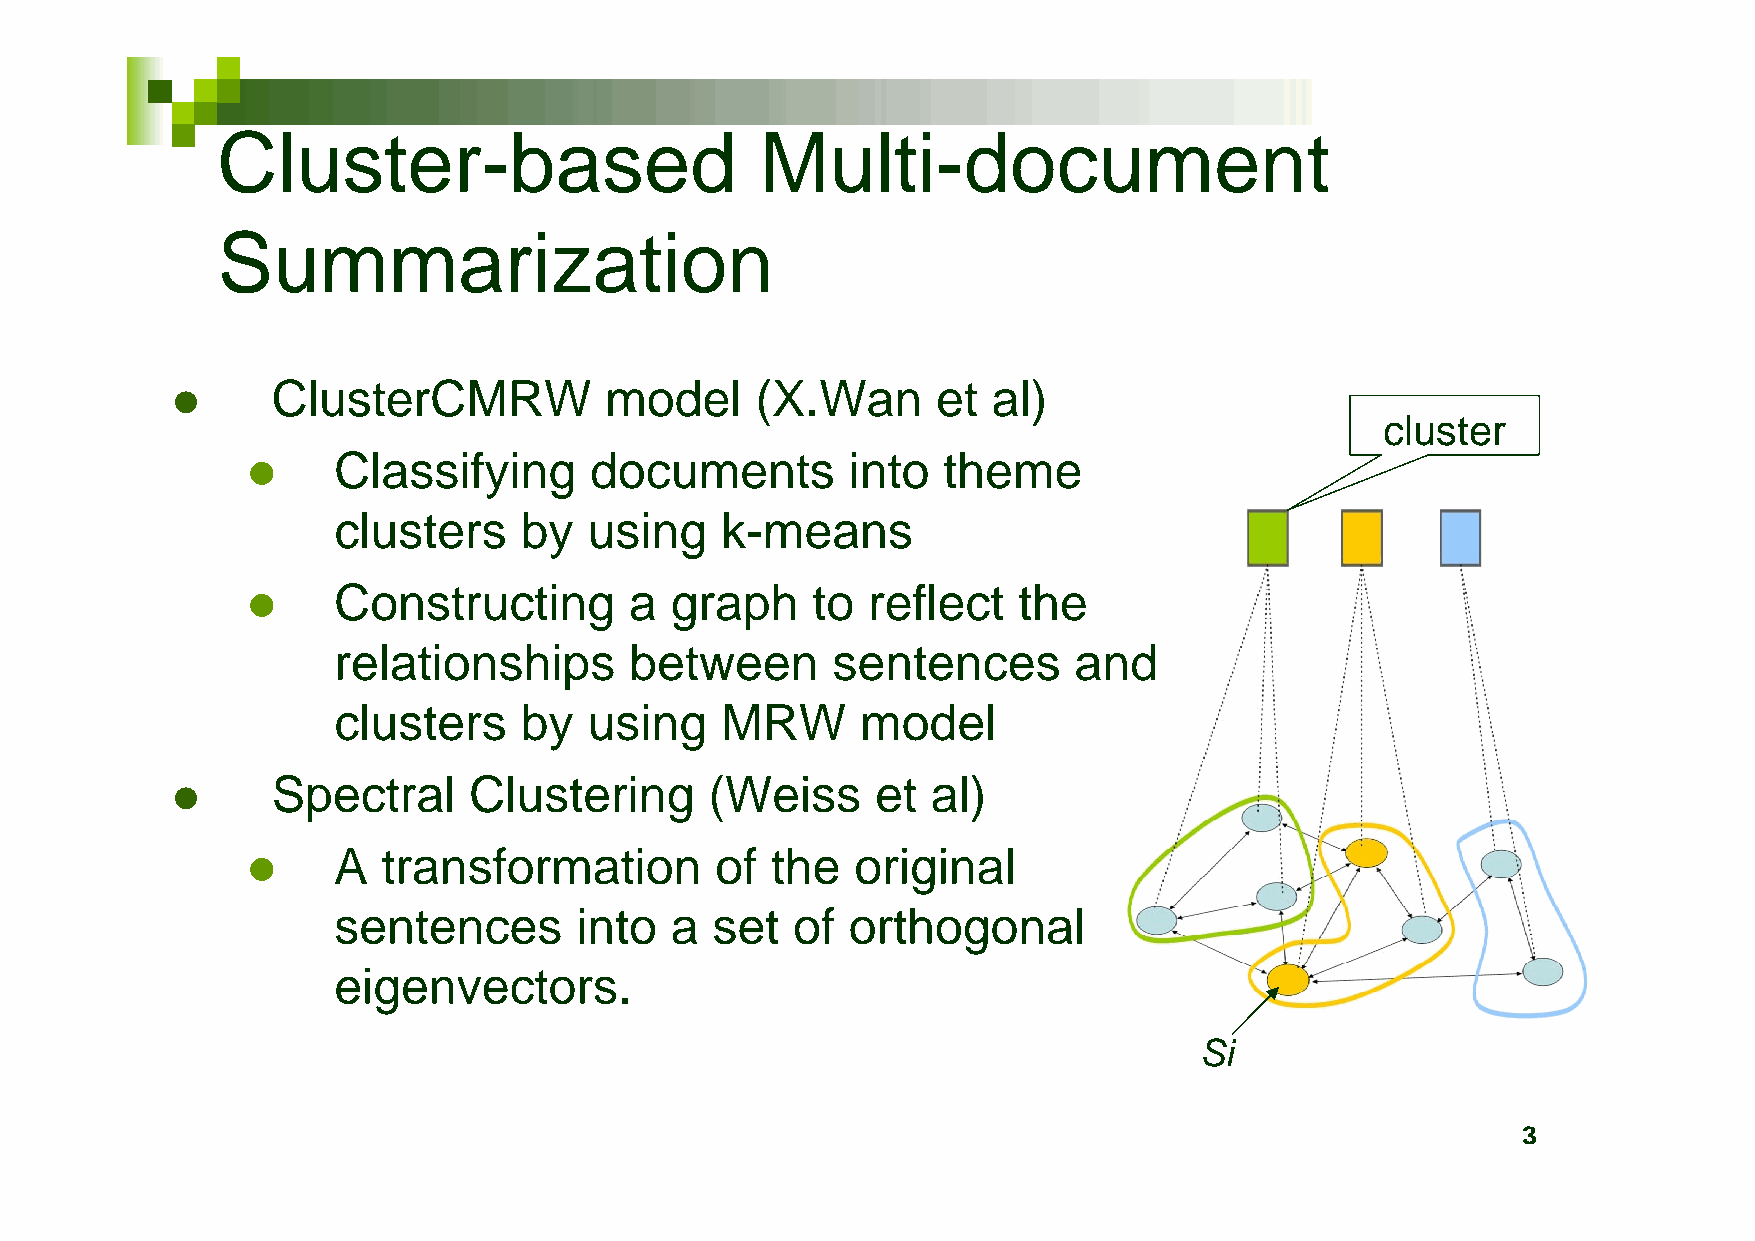
Cluster-based                       Multi-document
 Summarization
 ClusterCMRW           model     (X.Wan      et  al)
 
 cluster
 Classifying      documents        into  theme
 
 clusters    by   using    k-means
 Constructing        a graph     to reflect   the
 
 relationships       between      sentences       and
 clusters    by   using    MRW      model
 Spectral     Clustering      (Weiss     et  al)
 
 A  transformation        of  the   original
 
 sentences       into  a  set  of  orthogonal
 eigenvectors.
 Si
 3